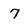
Character: 7